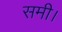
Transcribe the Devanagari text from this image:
समी।